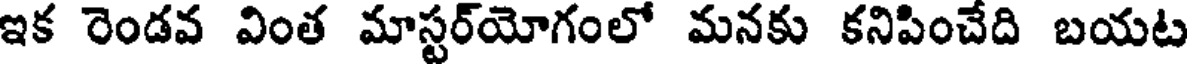
ఇక రెండవ వింత మాస్టర్యోగంలో మనకు కనిపించేది బయట